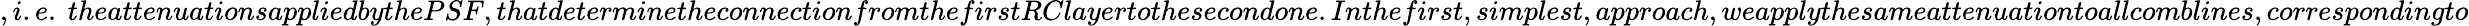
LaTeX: ,i.e.\ theattenuationsappliedbythePSF,thatdeterminetheconnectionfromthefirstRClayertothesecondone.Inthefirst,simplest,approach,weapplythesameattenuationtoallcomblines,correspondingto